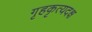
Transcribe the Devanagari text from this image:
गृहकृत्यदक्ष